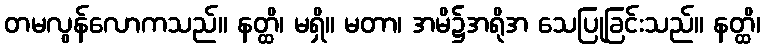
တမလွန်လောကသည်။ နတ္ထိ၊ မရှိ။ မတာ၊ အမိ၌အရိုအ သေပြုခြင်းသည်။ နတ္ထိ၊